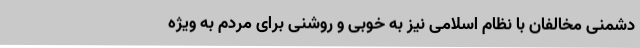
دشمنی مخالفان با نظام اسلامی نیز به خوبی و روشنی برای مردم به ویژه